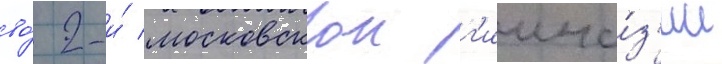
во́ 2-и́ московскои г'имна́з'ии